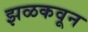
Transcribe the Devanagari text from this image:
झळकवून